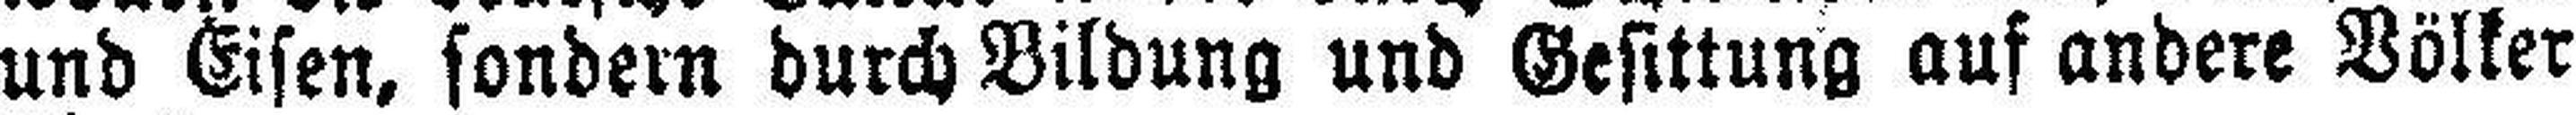
und Eisen, sondern durch Bildung und Gesittung auf andere Völker